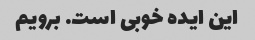
این ایده خوبی است. برویم